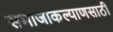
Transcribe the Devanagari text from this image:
समाजाकल्याणसाठी